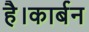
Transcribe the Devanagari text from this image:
है।कार्बन